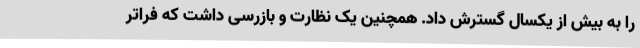
را به بیش از یکسال گسترش داد. همچنین یک نظارت و بازرسی داشت که فراتر